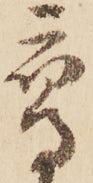
鷹